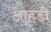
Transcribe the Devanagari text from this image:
आहडी